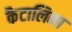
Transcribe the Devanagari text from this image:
कैटालिना